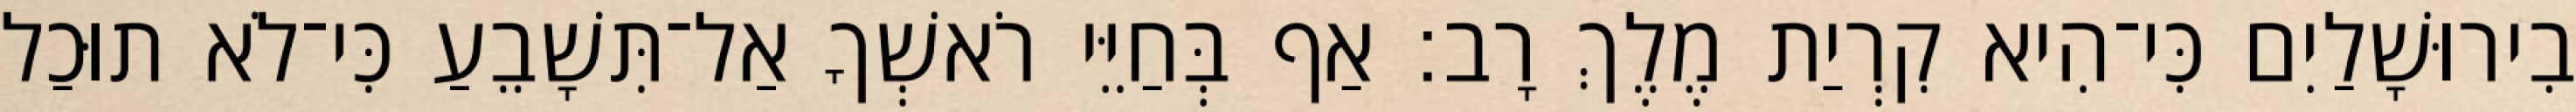
בִירוּשָׁלַיִם כִּי־הִיא קִרְיַת מֶלֶךְ רָב׃ אַף בְּחַיֵּי רֹאשְׁךָ אַל־תִּשָׁבֵעַ כִּי־לֹא תוּכַל